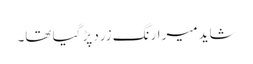
شاید میرارنگ زرد پڑ گیا تھا۔